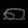
Digit: ၈